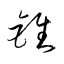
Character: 錐